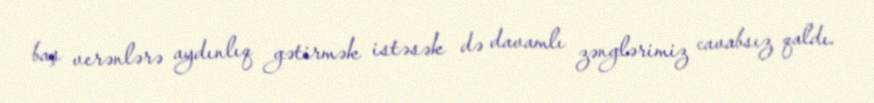
baş verənlərə aydınlıq gətirmək istəsək də davamlı zənglərimiz cavabsız qaldı.